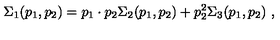
\Sigma _ { 1 } ( p _ { 1 } , p _ { 2 } ) = p _ { 1 } \cdot p _ { 2 } \Sigma _ { 2 } ( p _ { 1 } , p _ { 2 } ) + p _ { 2 } ^ { 2 } \Sigma _ { 3 } ( p _ { 1 } , p _ { 2 } ) \ ,